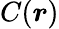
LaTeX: C(\boldsymbol r)